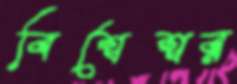
বিশ্বেশ্বর